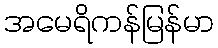
အမေရိကန်မြန်မာ